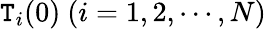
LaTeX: \mathtt{T}_{i}(0)~(i=1,2,\cdots,N)